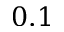
0 . 1